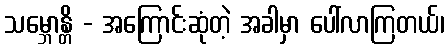
သမ္ဘောန္တိ - အကြောင်းဆုံတဲ့ အခါမှာ ပေါ်လာကြတယ်၊